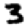
Digit: 3